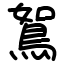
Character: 鴽